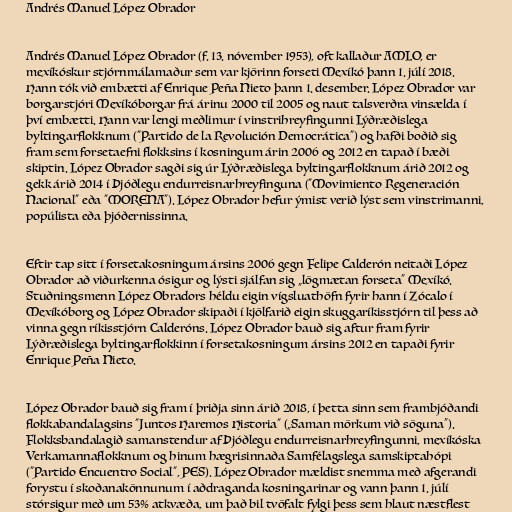
Andrés Manuel López Obrador

Andrés Manuel López Obrador (f. 13. nóvember 1953), oft kallaður AMLO, er
mexíkóskur stjórnmálamaður sem var kjörinn forseti Mexíkó þann 1. júlí 2018.
Hann tók við embætti af Enrique Peña Nieto þann 1. desember. López Obrador var
borgarstjóri Mexíkóborgar frá árinu 2000 til 2005 og naut talsverðra vinsælda í
því embætti. Hann var lengi meðlimur í vinstrihreyfingunni Lýðræðislega
byltingarflokknum ("Partido de la Revolución Democrática") og hafði boðið sig
fram sem forsetaefni flokksins í kosningum árin 2006 og 2012 en tapað í bæði
skiptin. López Obrador sagði sig úr Lýðræðislega byltingarflokknum árið 2012 og
gekk árið 2014 í Þjóðlegu endurreisnarhreyfinguna ("Movimiento Regeneración
Nacional" eða "MORENA"). López Obrador hefur ýmist verið lýst sem vinstrimanni,
popúlista eða þjóðernissinna.

Eftir tap sitt í forsetakosningum ársins 2006 gegn Felipe Calderón neitaði López
Obrador að viðurkenna ósigur og lýsti sjálfan sig „lögmætan forseta“ Mexíkó.
Stuðningsmenn López Obradors héldu eigin vígsluathöfn fyrir hann í Zócalo í
Mexíkóborg og López Obrador skipaði í kjölfarið eigin skuggaríkisstjórn til þess að
vinna gegn ríkisstjórn Calderóns. López Obrador bauð sig aftur fram fyrir
Lýðræðislega byltingarflokkinn í forsetakosningum ársins 2012 en tapaði fyrir
Enrique Peña Nieto.

López Obrador bauð sig fram í þriðja sinn árið 2018, í þetta sinn sem frambjóðandi
flokkabandalagsins "Juntos Haremos Historia" („Saman mörkum við söguna“).
Flokksbandalagið samanstendur af Þjóðlegu endurreisnarhreyfingunni, mexíkóska
Verkamannaflokknum og hinum hægrisinnaða Samfélagslega samskiptahópi
("Partido Encuentro Social", PES). López Obrador mældist snemma með afgerandi
forystu í skoðanakönnunum í aðdraganda kosningarinar og vann þann 1. júlí
stórsigur með um 53% atkvæða, um það bil tvöfalt fylgi þess sem hlaut næstflest